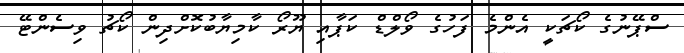
ސްޕޭނުގެ ކޯޗަކީ އެންމެ ފަހުގެ ވޯލްޑް ކަޕާއި ޔޫރޯ ކާމިޔާބުކޮށްދިން ކޯޗު ވިސެންޓޭ